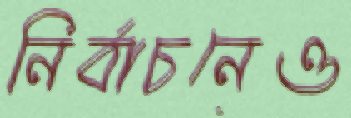
নির্বাচনেও